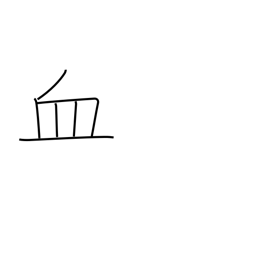
Meaning: blood